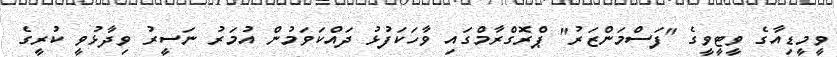
ވީމީޑިއާގެ ވީޓީވީގެ "ފަސްމަންޒަރު" ޕްރޮގްރާމްގައި ވާހަކަފުޅު ދައްކަވަމުން އުމަރު ނަސީރު ވިދާޅުވީ ކުރީގެ